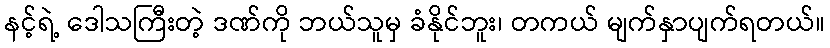
နင့်ရဲ့ ဒေါသကြီးတဲ့ ဒဏ်ကို ဘယ်သူမှ ခံနိုင်ဘူး၊ တကယ် မျက်နှာပျက်ရတယ်။